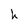
Character: h